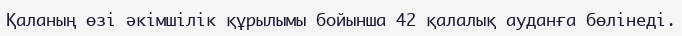
Қаланың өзі әкімшілік құрылымы бойынша 42 қалалық ауданға бөлінеді.